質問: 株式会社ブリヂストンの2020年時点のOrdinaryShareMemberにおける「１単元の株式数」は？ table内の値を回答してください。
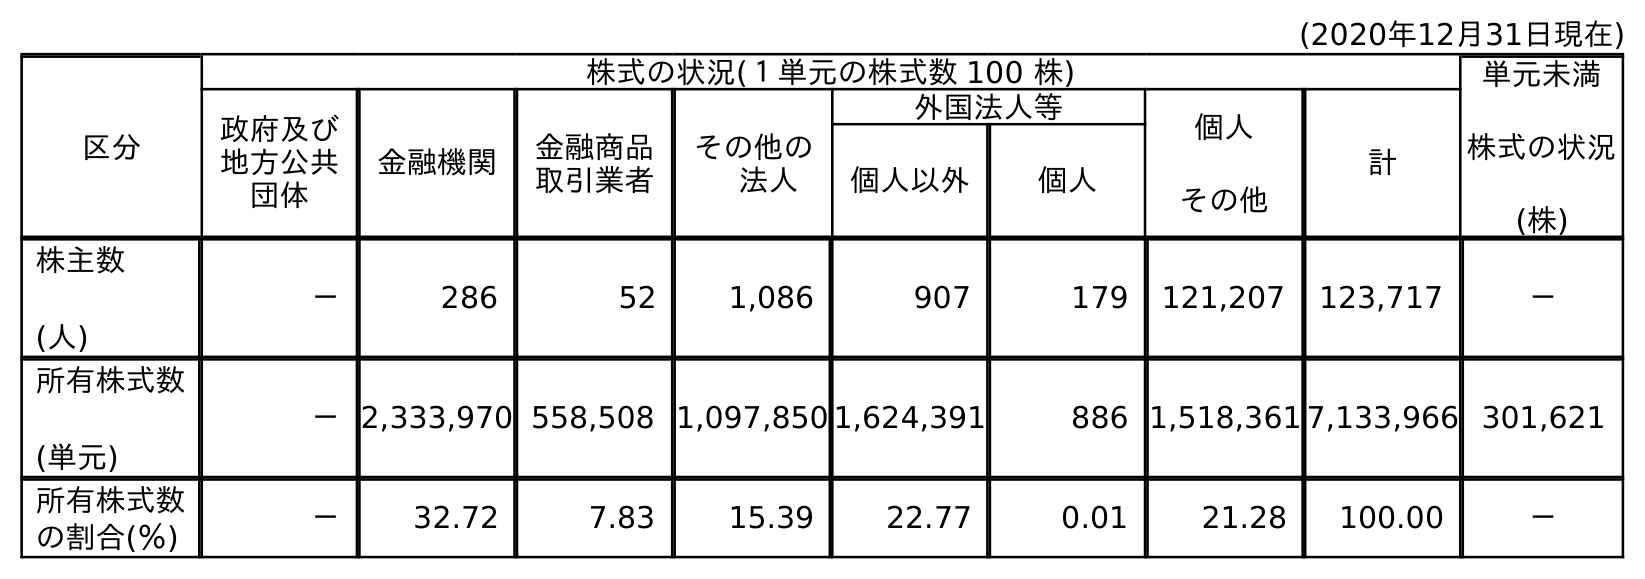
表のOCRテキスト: (2020年12月31日現在) 区分 株式の状況(１単元の株式数 100 株) 単元未満 株式の状況 (株) 政府及び 地方公共 団体 金融機関 金融商品 取引業者 その他の  法人 外国法人等 個人 その他 計 個人以外 個人 株主数 (人) － 286 52 1,086 907 179 121,207 123,717 － 所有株式数 (単元) －2,333,970 558,508 1,097,850 1,624,391 886 1,518,361 7,133,966 301,621 所有株式数 の割合(％) － 32.72 7.83 15.39 22.77 0.01 21.28 100.00 －
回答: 株式の状況(１単元の株式数100株)